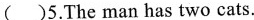
( )5.The man has two cats.